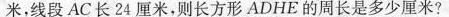
米，线段AC长24厘米，则长方形ADHE的周长是多少厘米?